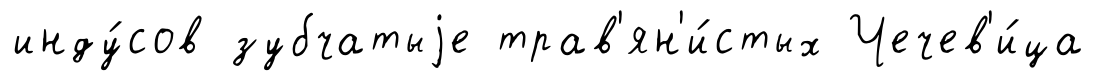
инду́сов зубчатыjе трав'ян'и́стых Чечев'и́ца